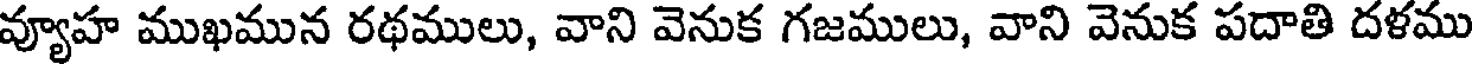
వ్యూహ ముఖమున రథములు, వాని వెనుక గజములు, వాని వెనుక పదాతి దళము